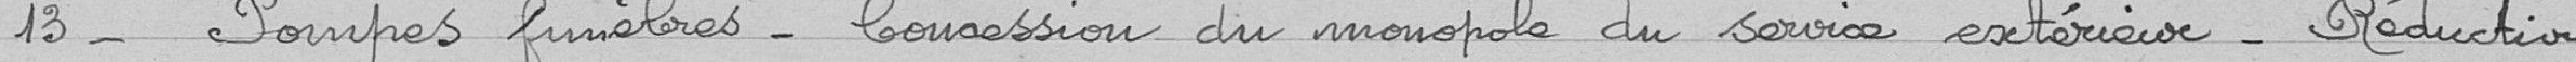
13 - Pompes funèbres. Concession du monopole du service extérieur. Réduction